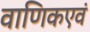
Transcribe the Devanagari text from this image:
वाणिकएवं